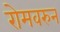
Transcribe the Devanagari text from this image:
रोमवरुन